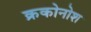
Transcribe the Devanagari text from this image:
क्रकोनोश